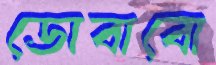
ডোবাবো